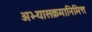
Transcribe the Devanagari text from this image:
अभ्यासक्रमानिमित्त